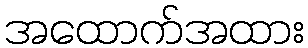
အထောက်အထား